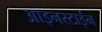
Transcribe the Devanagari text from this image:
आइनस्टाईन